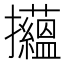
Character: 𢺝